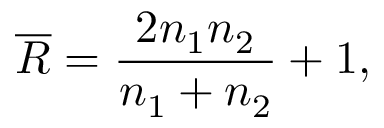
\overline { { R } } = \frac { 2 n _ { 1 } n _ { 2 } } { n _ { 1 } + n _ { 2 } } + 1 ,